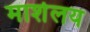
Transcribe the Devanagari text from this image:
मार्शलय